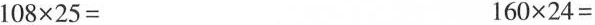
$$1 0 8 \times 2 5 =$$ $$1 6 0 \times 2 4 =$$